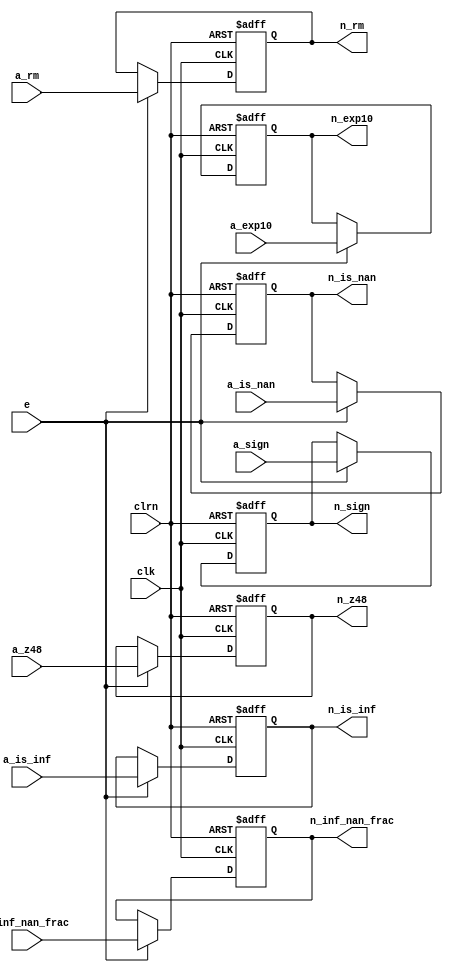
/************************************************
  The Verilog HDL code example is from the book
  Computer Principles and Design in Verilog HDL
  by Yamin Li, published by A JOHN WILEY & SONS
************************************************/
module reg_add_norm (a_rm,a_sign,a_exp10,a_is_nan,a_is_inf,a_inf_nan_frac,
                     a_z48,clk,clrn,e,n_rm,n_sign,n_exp10,n_is_nan,
                     n_is_inf,n_inf_nan_frac,n_z48);  // pipeline register
    input      [47:0] a_z48;                          // addition stage
    input      [22:0] a_inf_nan_frac;
    input       [9:0] a_exp10;
    input       [1:0] a_rm;
    input             a_sign;
    input             a_is_nan;
    input             a_is_inf;
    input             e;                              // e: enable
    input             clk, clrn;                      // clock and reset
    output reg [47:0] n_z48;                          // normalization stage
    output reg [22:0] n_inf_nan_frac;
    output reg  [9:0] n_exp10;
    output reg  [1:0] n_rm;
    output reg        n_sign;
    output reg        n_is_nan;
    output reg        n_is_inf;
    always @ (posedge clk or negedge clrn) begin
        if (!clrn) begin
            n_rm           <= 0;
            n_sign         <= 0;
            n_exp10        <= 0;
            n_is_nan       <= 0;
            n_is_inf       <= 0;
            n_inf_nan_frac <= 0;
            n_z48          <= 0;
        end else if (e) begin
            n_rm           <= a_rm;
            n_sign         <= a_sign;
            n_exp10        <= a_exp10;
            n_is_nan       <= a_is_nan;
            n_is_inf       <= a_is_inf;
            n_inf_nan_frac <= a_inf_nan_frac;
            n_z48          <= a_z48;
        end
    end
endmodule